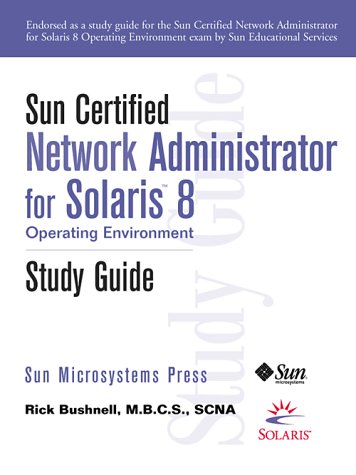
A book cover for Sun Certified Network Administrator for Solaris 8 Operating Environment Study Guide; Rick Bushnell; Computers & Technology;